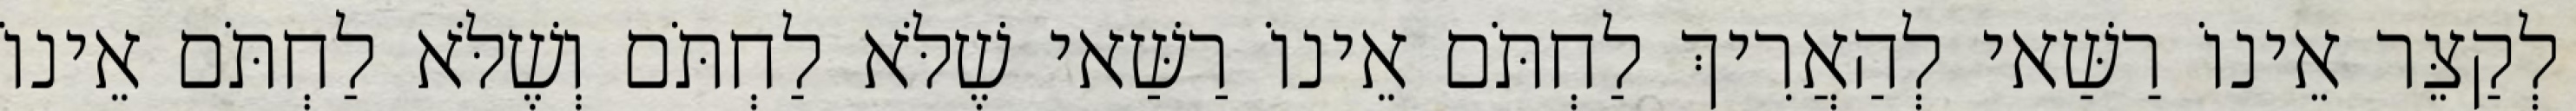
לְקַצֵּר אֵינוֹ רַשַּׁאי לְהַאֲרִיךְ לַחְתֹּם אֵינוֹ רַשַּׁאי שֶׁלֹּא לַחְתֹּם וְשֶׁלֹּא לַחְתֹּם אֵינוֹ